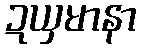
ဍယှမာနာ